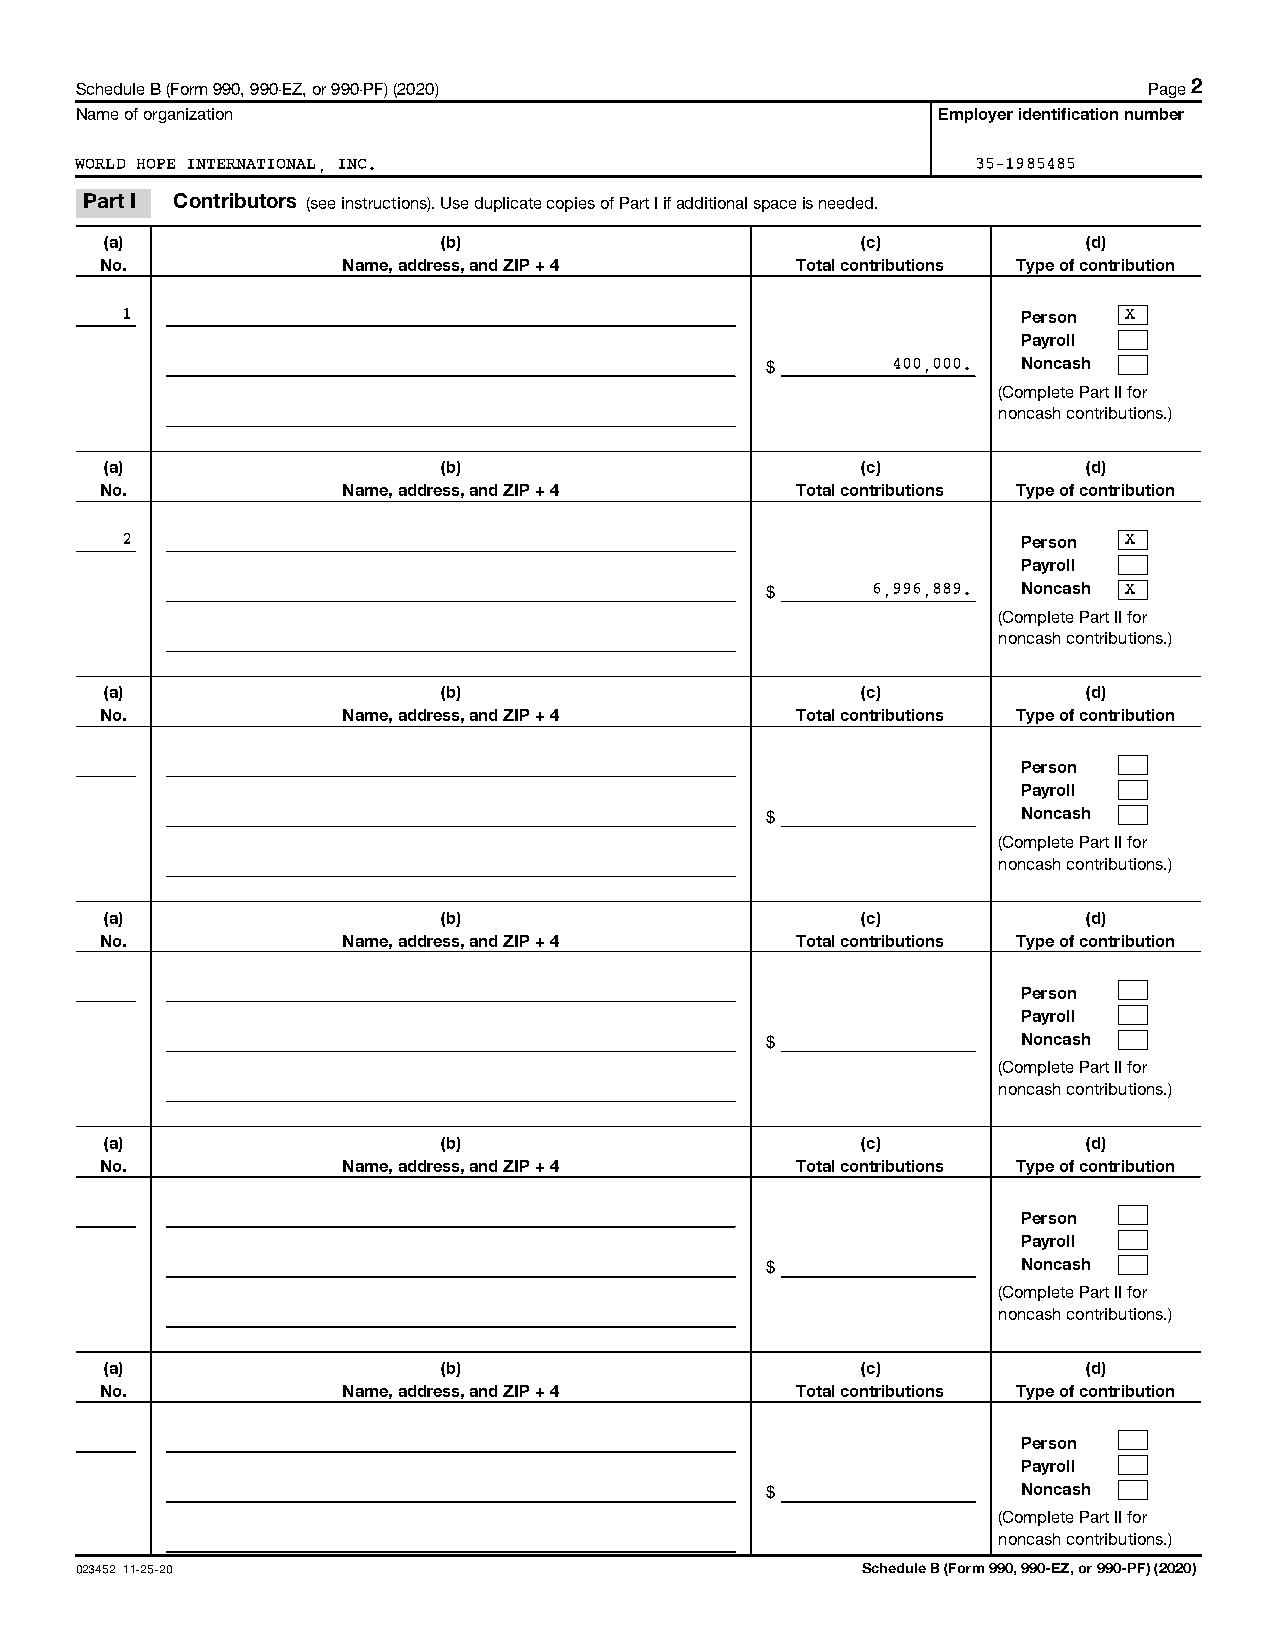
Schedule B (Form 990, 990-EZ, or 990-PF) (2020)                        Page 2
 Name of organization                                     Employer identification number
 WORLD HOPE INTERNATIONAL, INC.                              35-1985485
 Part I Contributors (see instructions). Use duplicate copies of Part I if additional space is needed.
 (a)                   (b)                         (c)            (d)
 No.             Name, address, and ZIP + 4    Total contributions Type of contribution
 1
 Person
 X
 Payroll
 $       400,000. Noncash
 (Complete Part II for
 noncash contributions.)
 (a)                   (b)                         (c)            (d)
 No.             Name, address, and ZIP + 4    Total contributions Type of contribution
 2
 Person
 X
 Payroll
 $      6,996,889. Noncash X
 (Complete Part II for
 noncash contributions.)
 (a)                   (b)                         (c)            (d)
 No.             Name, address, and ZIP + 4    Total contributions Type of contribution
 Person
 Payroll
 $                Noncash
 (Complete Part II for
 noncash contributions.)
 (a)                   (b)                         (c)            (d)
 No.             Name, address, and ZIP + 4    Total contributions Type of contribution
 Person
 Payroll
 $                Noncash
 (Complete Part II for
 noncash contributions.)
 (a)                   (b)                         (c)            (d)
 No.             Name, address, and ZIP + 4    Total contributions Type of contribution
 Person
 Payroll
 $                Noncash
 (Complete Part II for
 noncash contributions.)
 (a)                   (b)                         (c)            (d)
 No.             Name, address, and ZIP + 4    Total contributions Type of contribution
 Person
 Payroll
 $                Noncash
 (Complete Part II for
 noncash contributions.)
 023452 11-25-20                                     Schedule B (Form 990, 990-EZ, or 990-PF) (2020)